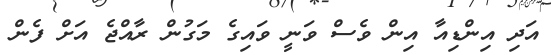
އަދި އިންޑިއާ އިން ވެސް ވަނީ ވައިގެ މަގުން ރާއްޖެ އަށް ފެން